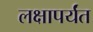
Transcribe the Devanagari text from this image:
लक्षापर्यंत